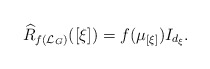
\begin{align*} \widehat{R}_{f(\mathcal{L}_G)}([\xi])=f(\mu_{[\xi]})I_{d_\xi}.\end{align*}